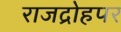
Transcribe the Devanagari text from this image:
राजद्रोहपर